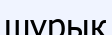
шұрық